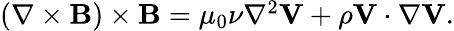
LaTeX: \begin{array}{r}{\left(\nabla\times{\mathbf B}\right)\times{\mathbf B}=\mu_{0}\nu\nabla^{2}{\mathbf V}+\rho{\mathbf V}\cdot\nabla{\mathbf V}.}\end{array}